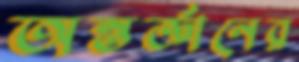
অন্তর্জ্ঞানের